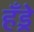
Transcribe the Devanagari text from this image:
हँड्रे